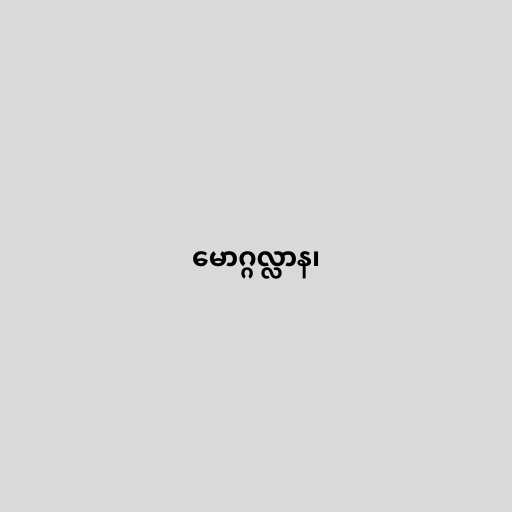
မောဂ္ဂလ္လာန၊